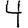
Digit: 4